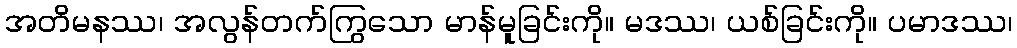
အတိမနဿ၊ အလွန်တက်ကြွသော မာန်မူခြင်းကို။ မဒဿ၊ ယစ်ခြင်းကို။ ပမာဒဿ၊